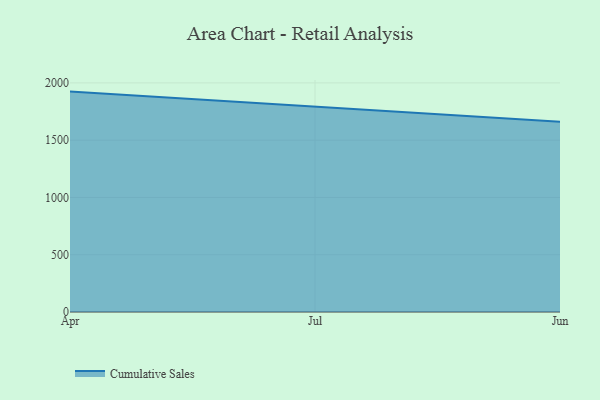
{"axis": {"x": "Month", "y": "Bounce Rate (%)"}, "legend": ["Cumulative Sales"], "data": [{"x": "Apr", "y": 1924.1, "type": "Cumulative Sales"}, {"x": "Jul", "y": 1790.3, "type": "Cumulative Sales"}, {"x": "Jun", "y": 1659.8, "type": "Cumulative Sales"}]}